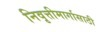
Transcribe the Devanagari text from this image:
निवृत्तीमार्गासाठी